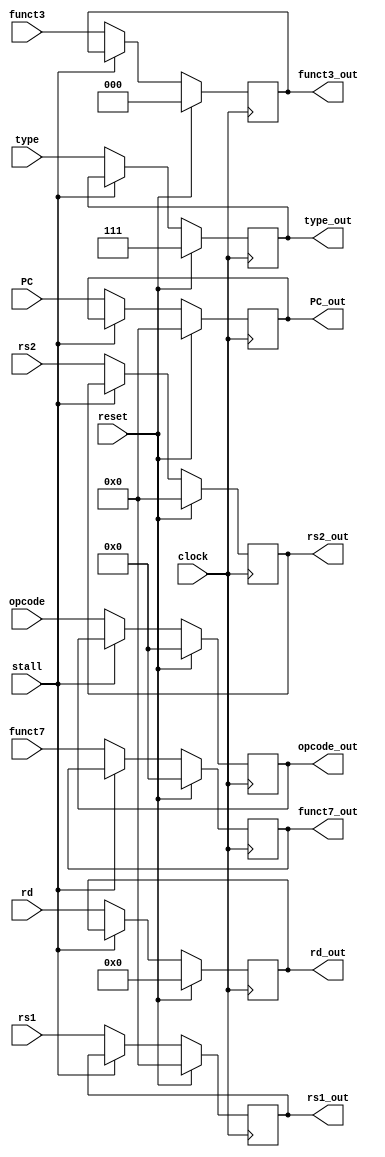
module P2_IDEX(
	input wire clock,
	input wire reset,
	input wire [6:0] funct7,
	input wire [2:0] funct3,
	input wire [2:0] type,
	input wire [31:0] rs1,
	input wire [31:0] rs2,
	input wire [4:0] rd,
	input wire stall,
	input wire [31:0] PC,
	input wire [6:0] opcode,
	output reg [6:0] funct7_out,
	output reg [2:0] funct3_out,
	output reg [2:0] type_out,
	output reg [31:0] rs1_out,
	output reg [31:0] rs2_out,
	output reg [4:0] rd_out,
	output reg [31:0] PC_out,
	output reg [6:0] opcode_out

);

	initial begin
		type_out <= 7;
	end

	always @(posedge clock) begin
		if (reset == 1'b1) begin
			funct7_out <= 0; //clear the register
			funct3_out <= 0;
			rs1_out <= 0;
			rs2_out <= 0;
			rd_out <= 0;
			type_out <= 7;//invalid type to make usr it ignores
			PC_out <= 0;
			opcode_out <= 0;
		end else begin
			if (stall ==0) begin//only move if not stalled
				funct7_out <= funct7;
				funct3_out <= funct3;
				rs1_out <= rs1;
				rs2_out <= rs2;
				rd_out <= rd;
				type_out <= type;
				PC_out <= PC;
				opcode_out <= opcode;
			end
		end
	end

endmodule